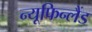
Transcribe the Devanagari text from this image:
न्यूफिन्लैंड